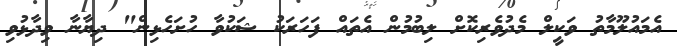
އެމައުލޫމާތު ވަކީލް މެދުވެރިކޮށް ލިބުމުން އެތައް ފަހަރަކު ޝަކުވާ ހުށަހެޅިން" ދިޔާނާ ވިދާޅުވި